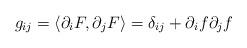
LaTeX: \begin{align*}g_{ij}=\langle\partial_{i}F,\partial_{j}F\rangle=\delta_{ij}+\partial_{i}f\partial_{j}f\end{align*}